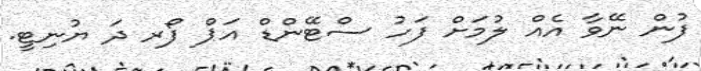
ފުން ނޭވާ އެއް ލުމަށް ފަހު ސްޓޭންޑް އަޕް ފޯރ ދަ ޔުނިޓީ.